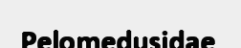
Pelomedusidae